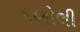
દણોલી